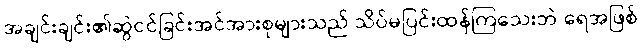
အချင်းချင်း၏ဆွဲငင်ခြင်းအင်အားစုများသည် သိပ်မပြင်းထန်ကြသေးဘဲ ရေအဖြစ်